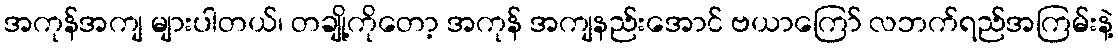
အကုန်အကျ များပါတယ်၊ တချို့ကိုတော့ အကုန် အကျနည်းအောင် ဗယာကြော် လဘက်ရည်အကြမ်းနဲ့